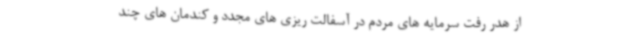
از هدر رفت سرمایه های مردم در آسفالت ریزی های مجدد و کندمان های چند